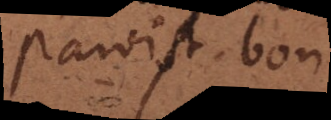
paroist bon